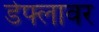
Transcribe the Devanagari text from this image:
डेफ्लावर